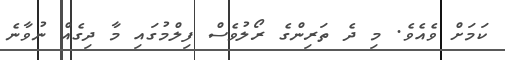
ކަމަށް ވެއެވެ. މި ދެ ތަރިންގެ ރޯލުވެސް ފިލްމުގައި މާ ދިގެއް ނުވާނެ